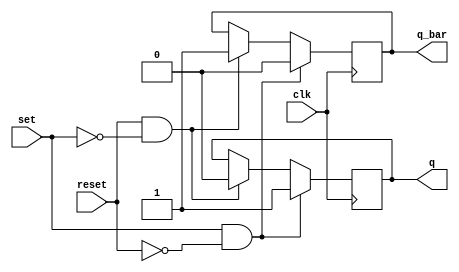
module sr_flipflop (
    input wire clk,
    input wire set,
    input wire reset,
    output reg q,
    output reg q_bar
);

always @(posedge clk) begin
    if (set && !reset) begin
        q <= 1;
        q_bar <= 0;
    end else if (reset && !set) begin
        q <= 0;
        q_bar <= 1;
    end
end

endmodule